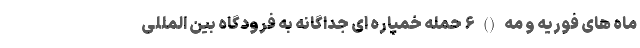
ماه های فوریه و مه () ۶ حمله خمپاره ای جداگانه به فرودگاه بین المللی